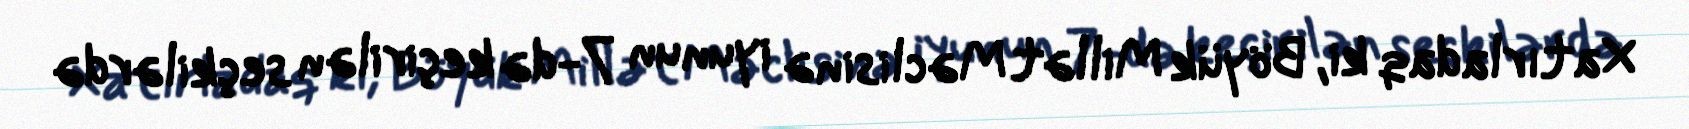
Xatırladaq ki, Böyük Millət Məclisinə iyunun 7-də keçirilən seçkilərdə